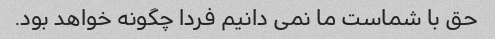
حق با شماست ما نمی دانیم فردا چگونه خواهد بود.